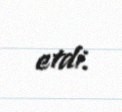
etdi.